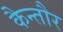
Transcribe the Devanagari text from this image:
कैन्तौर